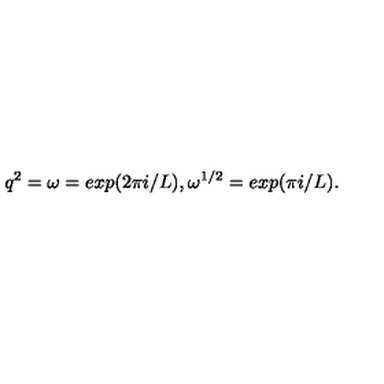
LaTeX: q ^ { 2 } = \omega = e x p ( 2 \pi i / L ) , \omega ^ { 1 / 2 } = e x p ( \pi i / L ) .